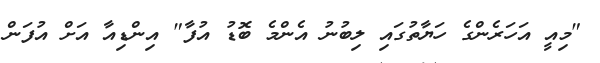
"މިއީ އަހަރެންގެ ހަޔާތުގައި ލިބުނު އެންމެ ބޮޑު އުފާ" އިންޑިއާ އަށް އުފަން